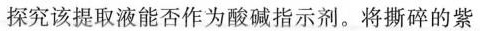
探究该提取液能否作为酸碱指示剂。将撕碎的紫